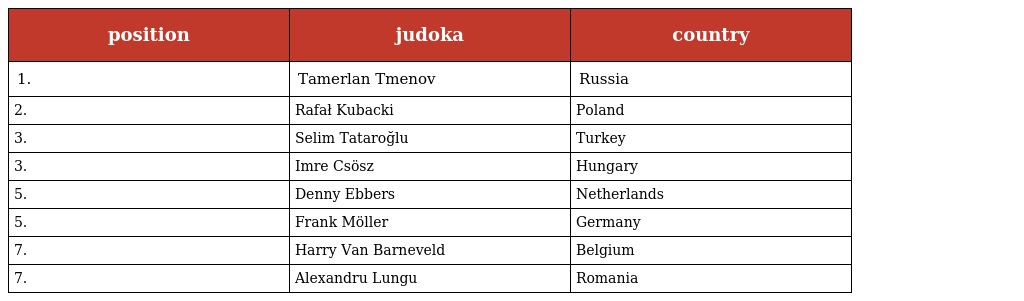
| position | judoka | country |
 | --- | --- | --- |
 | 1. | Tamerlan Tmenov | Russia |
 | 2. | Rafał Kubacki | Poland |
 | 3. | Selim Tataroğlu | Turkey |
 | 3. | Imre Csösz | Hungary |
 | 5. | Denny Ebbers | Netherlands |
 | 5. | Frank Möller | Germany |
 | 7. | Harry Van Barneveld | Belgium |
 | 7. | Alexandru Lungu | Romania |